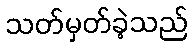
သတ်မှတ်ခဲ့သည်